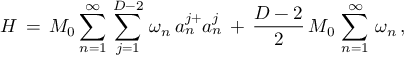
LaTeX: H \, = \, M _ { 0 } \sum _ { n = 1 } ^ { \infty } \, \sum _ { j = 1 } ^ { D - 2 } \, \omega _ { n } \, a _ { n } ^ { j + } a _ { n } ^ { j } \, + \, \frac { D - 2 } { 2 } \, M _ { 0 } \, \sum _ { n = 1 } ^ { \infty } \, \omega _ { n } \, { , }